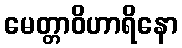
မေတ္တာဝိဟာရိနော